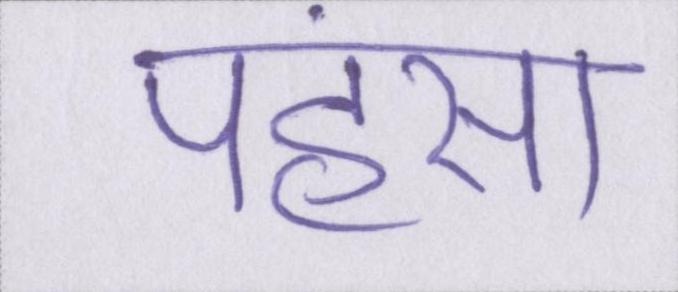
पहंसा